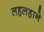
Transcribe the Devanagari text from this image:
लहलहाने